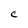
Character: C